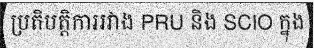
ប្រតិបត្តិការរវាង PRU និង SCIO ក្នុង